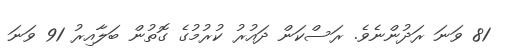
81 ވަނަ ރަދުންނެވެ. ރަސްކަން ދައުރު ކުރުމުގެ ގޮތުން ބަލާއިރު 91 ވަނަ